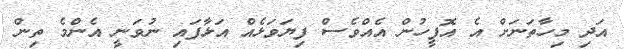
އަދި މިހާތަނަށް އެ އޮފީހުން އެއްވެސް ފިޔަވަޅެއް އަޅާފައި ނުވަނީ އެންމެ ތިން